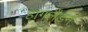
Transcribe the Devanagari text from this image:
हागलैंडन